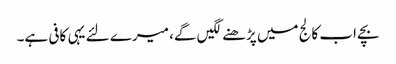
بچے اب کالج میں پڑھنے لگیں گے، میرے لئے یہی کافی ہے۔